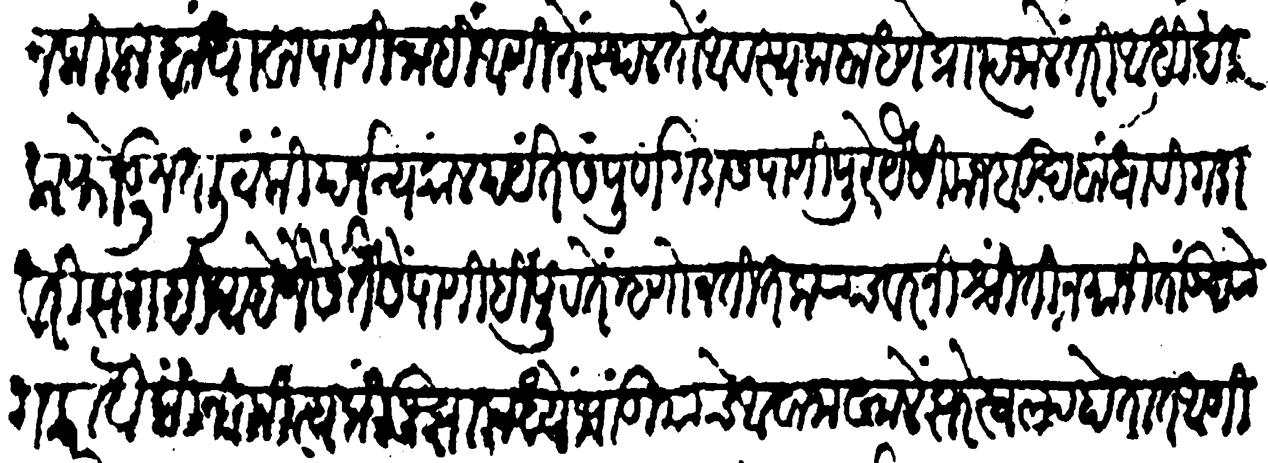
Transliteration (Devanagari): पाहून किल्ला बांधावा पाणी नाहीं आणि तें स्थळ तो आवश्यक बांधणे प्राप्त जालें तरी आधी खडक फोडून तळीं टाकीं पर्जन्यकाळ पर्यंत संपूर्ण गडास पाणी पुरे यैसीं मजबूद बांधावी गडावरी झराहि आहे जैसें तैसें पाणीही पुरतें म्हणोन तितक्याचवर निश्चिती न मानितां उद्योग करावा किंनिमित्य कीं जुंझामध्यें भांडियांचे आवाजाखालें झरे स्वल्प होतात आणि